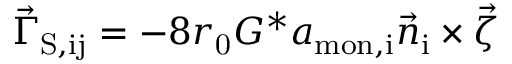
\vec { \Gamma } _ { \mathrm { S , i j } } = - 8 r _ { \mathrm { 0 } } G ^ { * } a _ { \mathrm { m o n , i } } \vec { n } _ { \mathrm { i } } \times \vec { \zeta }